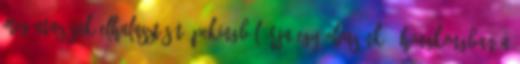
meg utazásuk elhalasztását. Pekingből írja egy olvasónk: "Hongkongban a